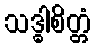
သဒ္ဓါစိတ္တံ